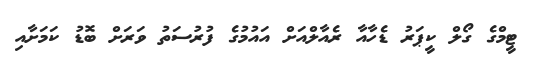
ޓީމްގެ ގޯލް ކީޕަރު ޑެހާއާ ރެއާލްއަށް އައުމުގެ ފުރުސަތު ވަރަށް ބޮޑު ކަމަށާއި